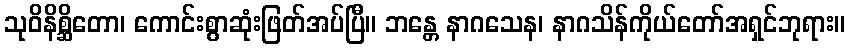
သုဝိနိစ္ဆိတော၊ ကောင်းစွာဆုံးဖြတ်အပ်ပြီ။ ဘန္တေ နာဂသေန၊ နာဂသိန်ကိုယ်တော်အရှင်ဘုရား။